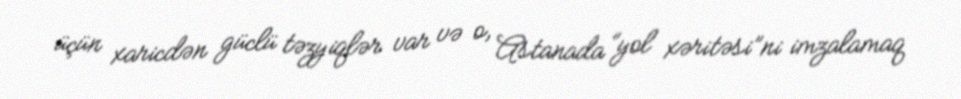
üçün xaricdən güclü təzyiqlər var və o, Astanada “yol xəritəsi”ni imzalamaq